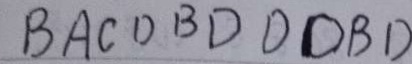
B A C D B D D D B D